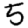
Digit: 5